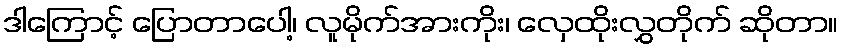
ဒါကြောင့် ပြောတာပေါ့၊ လူမိုက်အားကိုး၊ လှေထိုးလွှတိုက် ဆိုတာ။